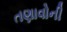
તણાવોની